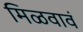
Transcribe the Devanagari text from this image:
मिळवावं